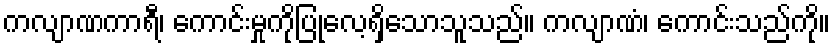
ကလျာဏကာရီ၊ ကောင်းမှုကိုပြုလေ့ရှိသောသူသည်။ ကလျာဏံ၊ ကောင်းသည်ကို။